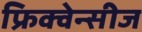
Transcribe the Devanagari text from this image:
फ्रिक्वेन्सीज